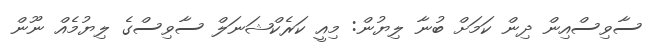
ސާވިސްއިން ދިން ކަމަށް ބުނާ ލިޔުން: މިއީ ކަރެކްޝަނަލް ސާވިސްގެ ލިޔުމެއް ނޫން